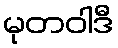
မုတဝါဒီ